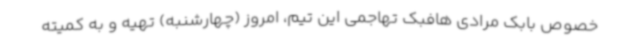
خصوص بابک مرادی هافبک تهاجمی این تیم، امروز (چهارشنبه) تهیه و به کمیته